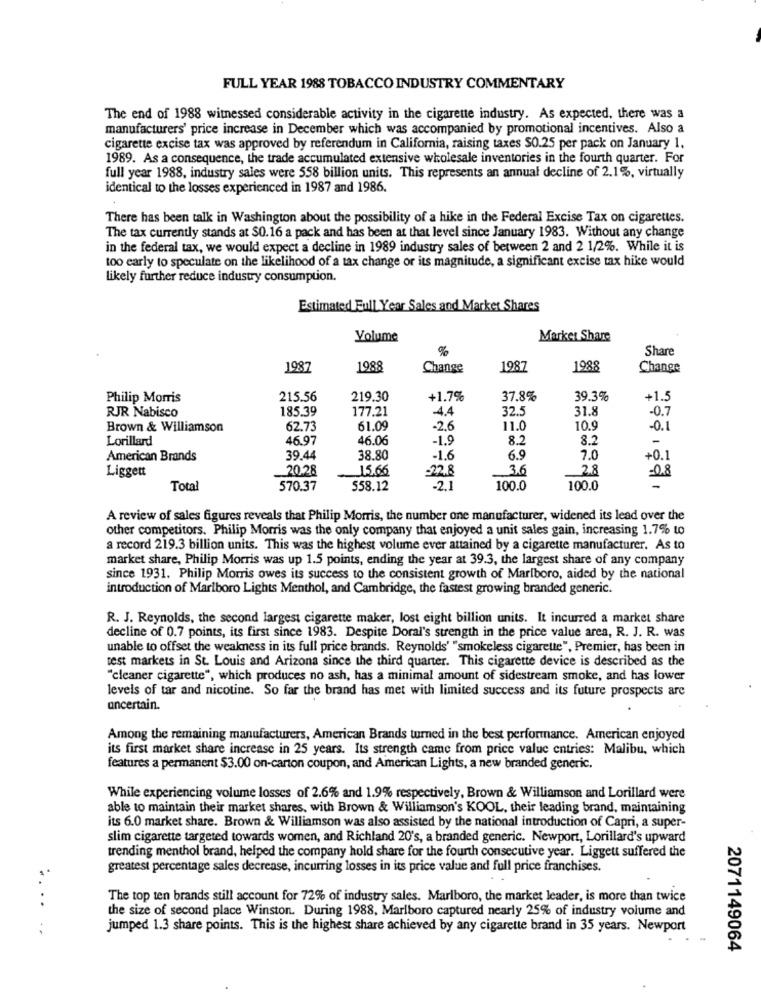
FULL YEAR 1988 TOBACCO INDUSTRY COMMENTARY
The end of 1988 witnessed considerable activity in the cigarette industry. As expected, there was a
manufacturers' price increase in December which was accompanied by promotional incentives. Also a
cigarette excise tax was approved by referendum in California, raising taxes $0.25 per pack on January 1.
1989. As a consequence, the trade accumulated extensive wholesale inventories in the fourth quarter. For
full year 1988, industry sales were 558 billion units. This represents an annual decline of 2.1%, virtually
identical to the losses experienced in 1987 and 1986.
There has been talk in Washington about the possibility of a hike in the Federal Excise Tax on cigarettes.
The tax currently stands at $0.16 a pack and has been at that level since January 1983. Without any change
in the federal tax, we would expect a decline in 1989 industry sales of between 2 and 2 1/2%. While it is
too early to speculate on the likelihood of a tax change or its magnitude, a significant excise tax hike would
likely further reduce industry consumption.
Estimated Full Year Sales and Market Shares
Volume
Market Share
%
Share
1987
1988
Change
1987
1988
Change
Philip Morris
215.56
219.30
+1.7%
37.8%
39.3%
+1.5
RJR Nabisco
185.39
177.21
-4.4
32.5
31.8
-0.7
Brown & Williamson
62.73
61.09
-2.6
11.0
10.9
-0.1
Lorillard
46.97
46.06
-1.9
8.2
8.2
-
American Brands
39.44
38.80
-1.6
6.9
2.0
+0.1
Liggett
20.28
15.66
-22.8
3.6
2.8
-08
Total
570.37
558.12
-2.1
100.0
100.0
A review of sales figures reveals that Philip Morris, the number one manufacturer, widened its lead over the
other competitors. Philip Morris was the only company that enjoyed a unit sales gain, increasing 1.7% to
a record 219.3 billion units. This was the highest volume ever attained by a cigarette manufacturer. As to
market share, Philip Morris was up 1.5 points, ending the year at 39.3, the largest share of any company
since 1931. Philip Morris owes its success to the consistent growth of Marlboro, aided by the national
introduction of Marlboro Lights Menthol, and Cambridge, the fastest growing branded generic.
R. J. Reynolds, the second largest cigarette maker, lost eight billion units. It incurred a market share
decline of 0.7 points, its first since 1983. Despite Doral's strength in the price value area, R. J. R. was
unable to offset the weakness in its full price brands. Reynolds' "smokeless cigarette", Premier, has been in
test markets in St. Louis and Arizona since the third quarter. This cigarette device is described as the
"cleaner cigarette", which produces no ash, has a minimal amount of sidestream smoke, and has lower
levels of tar and nicotine. So far the brand has met with limited success and its future prospects are
uncertain.
Among the remaining manufacturers, American Brands turned in the best performance. American enjoyed
its first market share increase in 25 years. Its strength came from price value entries: Malibu, which
features a permanent $3.00 on-carton coupon, and American Lights, a new branded generic.
While experiencing volume losses of 2.6% and 1.9% respectively, Brown & Williamson and Lorillard were
able to maintain their market shares, with Brown & Williamson's KOOL, their leading brand, maintaining
its 6.0 market share. Brown & Williamson was also assisted by the national introduction of Capri, a super-
slim cigarette targeted towards women, and Richland 20's, a branded generic. Newport, Lorillard's upward
trending menthol brand, helped the company hold share for the fourth consecutive year. Liggett suffered the
greatest percentage sales decrease, incurring losses in its price value and full price franchises.
The top ten brands still account for 72% of industry sales. Marlboro, the market leader, is more than twice
the size of second place Winston. During 1988, Marlboro captured nearly 25% of industry volume and
......
jumped 1.3 share points. This is the highest share achieved by any cigarette brand in 35 years. Newport
2071149064